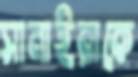
সামাইরাকে